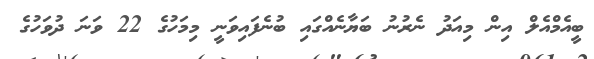
ބީއެމްއެލް އިން މިއަދު ނެރުނު ބަޔާނެއްގައި ބުނެެފައިވަނީ މިމަހުގެ 22 ވަނަ ދުވަހުގެ